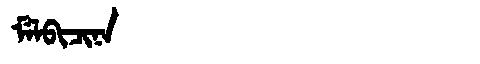
Manchu: ᠮᡝᠯᠪᡳᠴᡳᠨᠠ
Romanization: MELBICINA